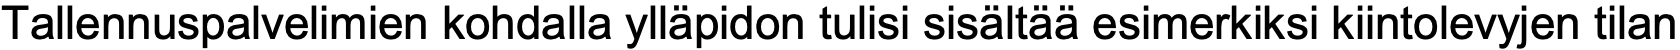
Tallennuspalvelimien kohdalla ylläpidon tulisi sisältää esimerkiksi kiintolevyjen tilan